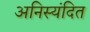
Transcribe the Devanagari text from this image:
अनिस्यंदित